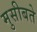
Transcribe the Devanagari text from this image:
मुसीबते